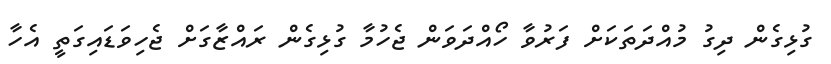
ގުޅިގެން ދިގު މުއްދަތަކަށް ފަރުވާ ހޯއްދަވަން ޖެހުމާ ގުޅިގެން ރައްޒާގަށް ޖެހިވަޑައިގަތީ އެހާ